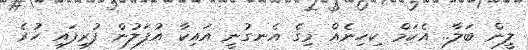
ލީން ބަލާ.. އެކަމް ކިހިނެއް މިގެ އެނގުނީ އައިކާ އުފަލުން ފުރިފައި ހުރެ